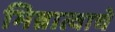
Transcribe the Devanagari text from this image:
भिन्नात्वाचे